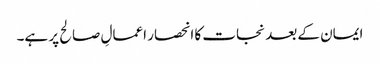
ایمان کے بعد نجات کا انحصار اعمالِ صالح پر ہے۔